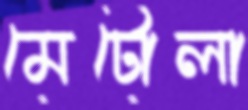
মেটোলা